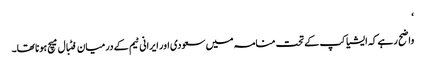
‘
واضح رہے کہ ایشیا کپ کے تحت منامہ میں سعودی اور ایرانی ٹیم کے درمیان فٹبال میچ ہونا تھا۔